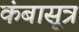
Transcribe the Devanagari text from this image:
कंबासूत्र